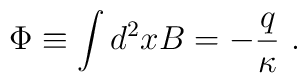
\Phi \equiv \displaystyle\int d^2xB=-\frac q\kappa {\ .}